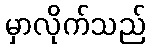
မှာလိုက်သည်